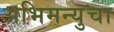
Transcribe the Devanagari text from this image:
अभिमन्युचा